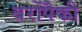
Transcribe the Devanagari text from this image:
बरोंपैकी